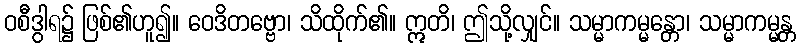
ဝစီဒွါရ၌ ဖြစ်၏ဟူ၍။ ဝေဒိတဗ္ဗော၊ သိထိုက်၏။ ဣတိ၊ ဤသို့လျှင်။ သမ္မာကမ္မန္တော၊ သမ္မာကမ္မန္တ